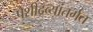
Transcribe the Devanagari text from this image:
पेशीद्रव्यांतर्गत